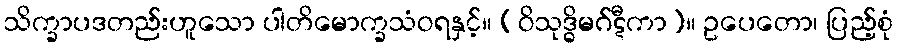
သိက္ခာပဒတည်းဟူသော ပါတိမောက္ခသံဝရနှင့်။ (ဝိသုဒ္ဓိမဂ်ဋီကာ)။ ဥပေတော၊ ပြည့်စုံ